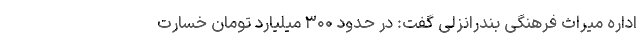
اداره میراث فرهنگی بندرانزلی گفت: در حدود ۳۰۰ میلیارد تومان خسارت